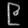
Digit: ၉